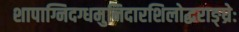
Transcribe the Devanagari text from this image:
शापाग्निदग्धमुनिदारशिलोद्धराङ्घ्रेः